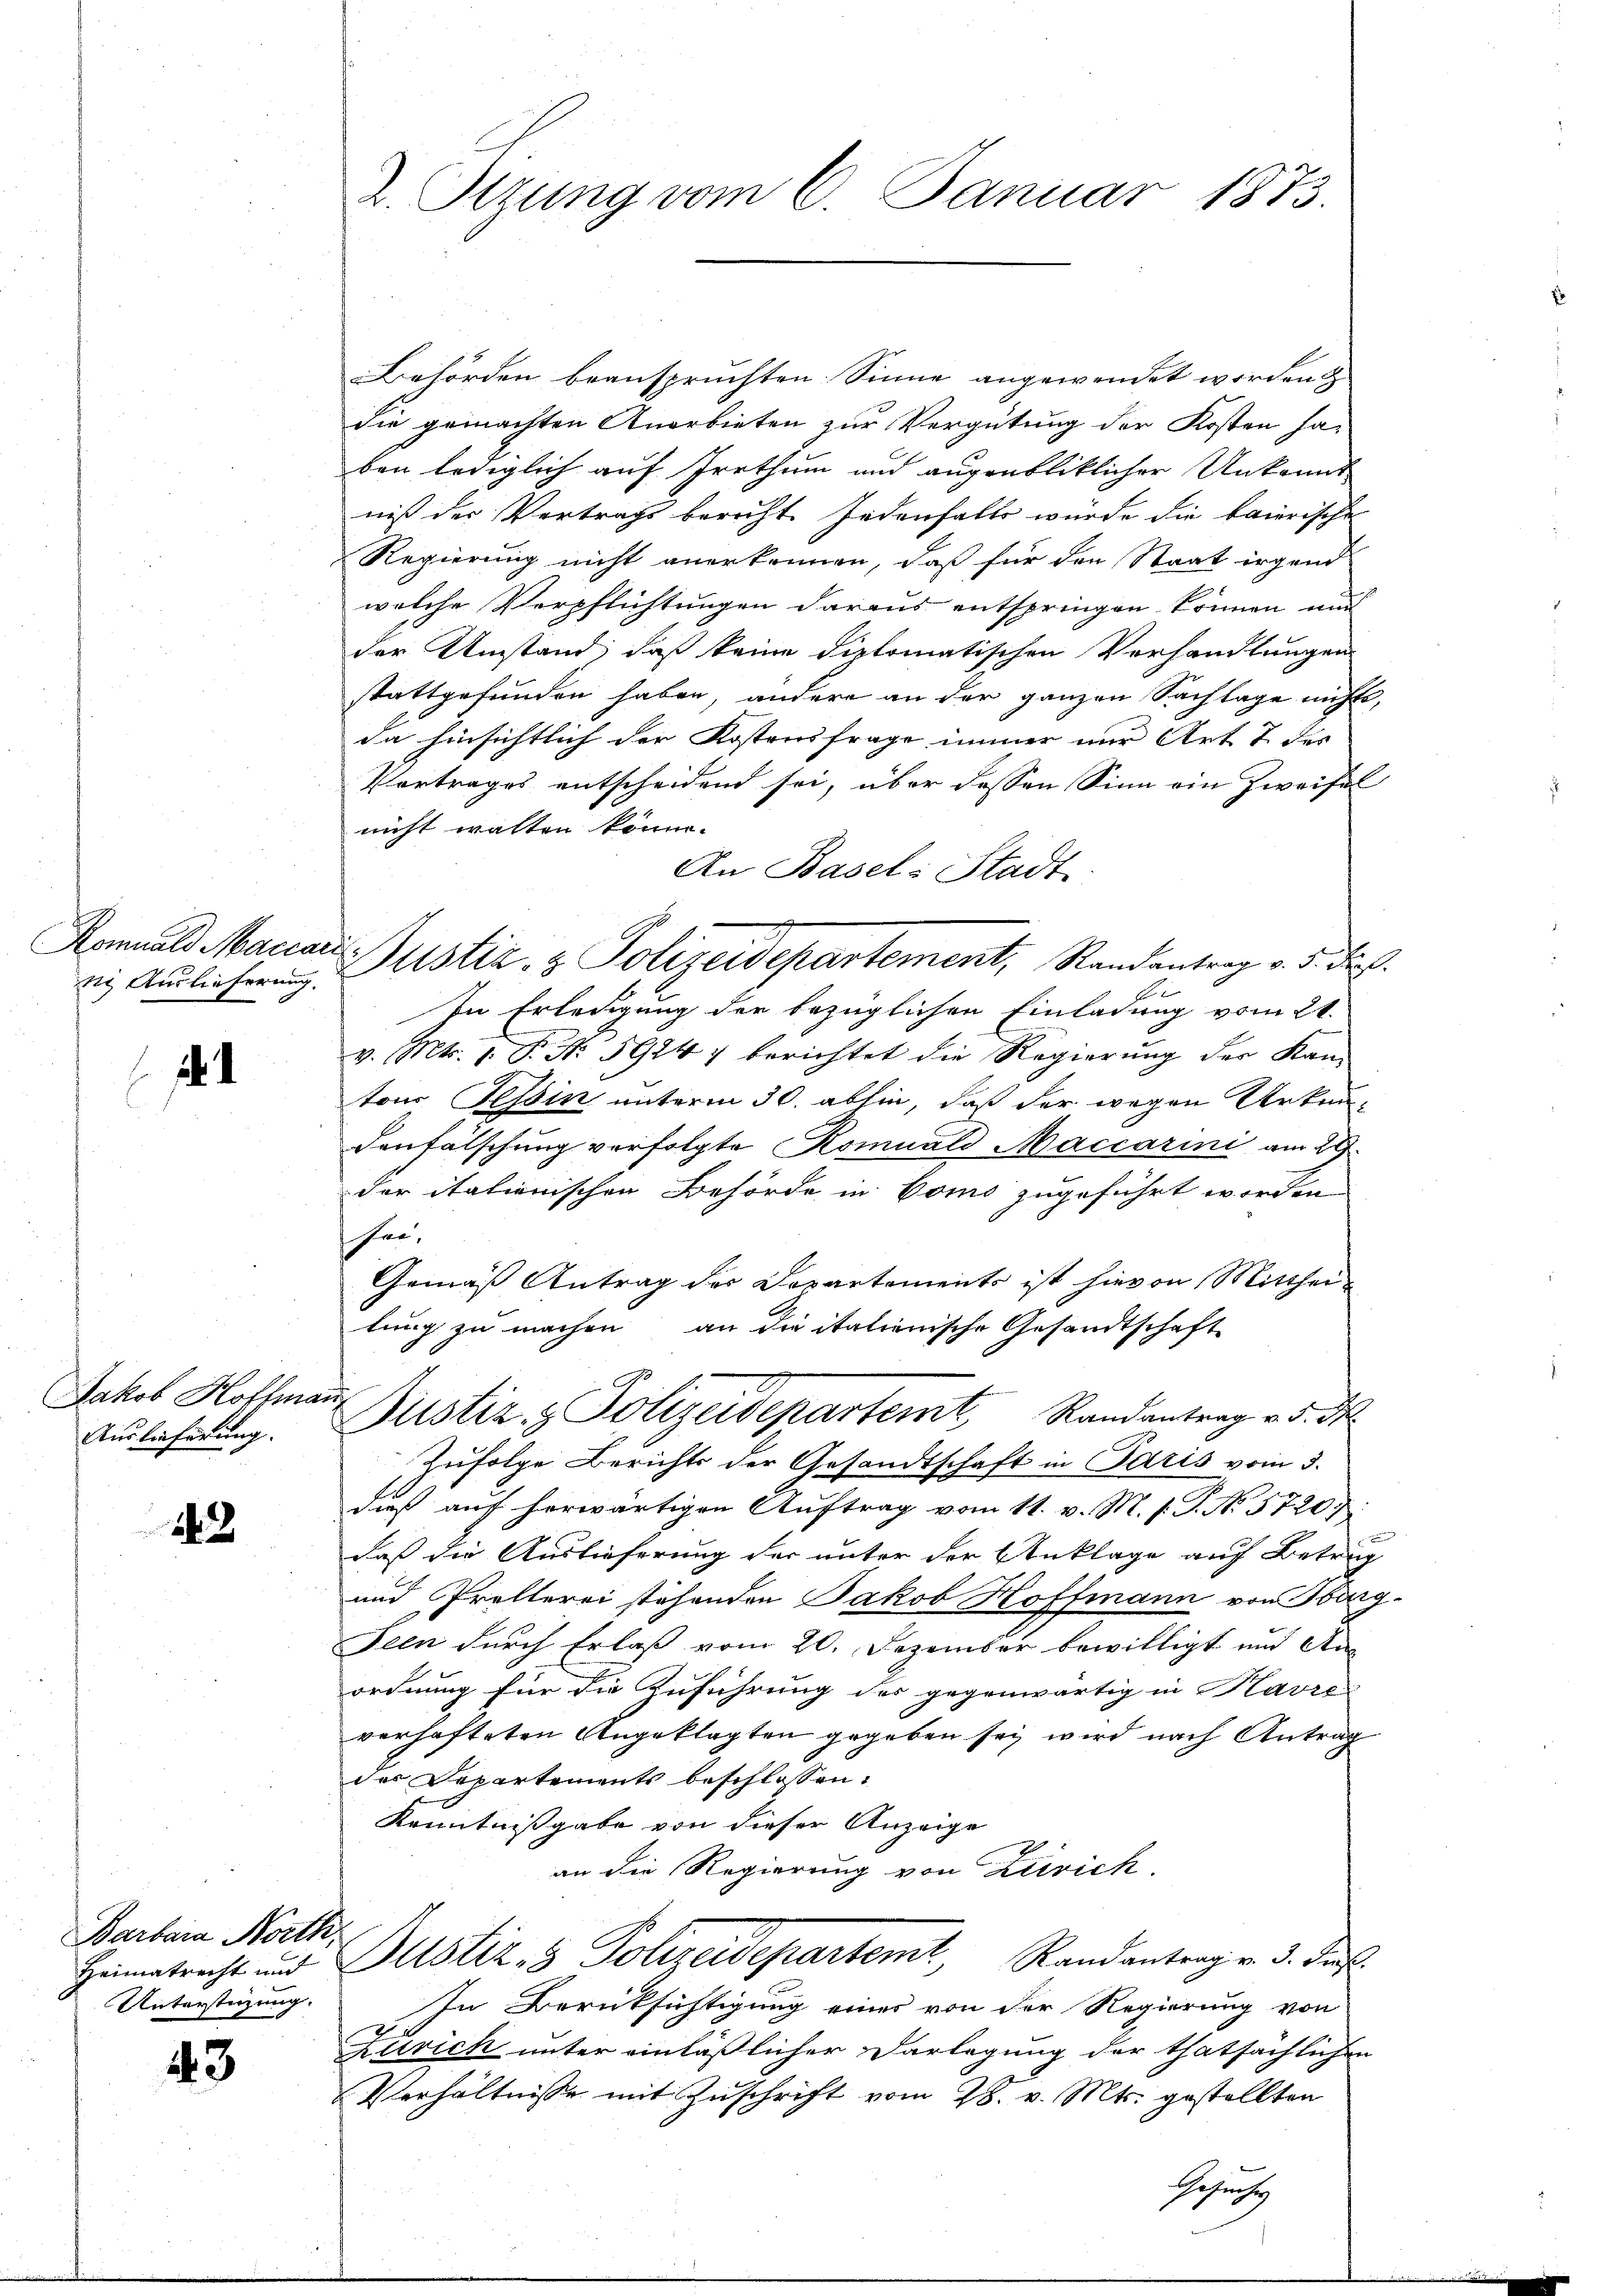
ne Auslieferung.

1

Jakob Hoffmann
Auslieferung.

243

Barbara North
Heimatrecht und
Unterstüzung.

43

L. Sizung vom 6. Januar 1873.

Behörden beanspruchten. Sinne angewendet worden
die gemachten Anerbieten zur Vergütung der Kosten ha-
ben lediglich auf Irrthum und augenbliklicher Unkonnt
niß der Vertrags bericht. Jedenfalls würde die baierische
Regierung nicht anerkennen, daß für den Staat irgend
welche Verpflichtungen daraus entspringen können nur
der Umstand, daß keine diplomatischen Vorhandlungen
stattgefunden haben, andere an der ganzen Sachlage nichts,
da hinsichtlich der Kostensfrage immer nur Art 7. Der
Vertrages entscheidend sei, über dessen Sinn ein Zweifel
nicht walten könne.
An Basel-Stadt
In Erledigung der bezüglichen Einladung vom 21.
v. Mts. 1. P. Nr. 59247 berichtet die Regierung der Kan-
tons Tessin unterm 30. abhin, daß der wegen Urkundenfälschung verfolgte Romuald Maccarini am 29.
der italienischen Behörde in Como zugeführt worden
see,
Gemäß Antrag des Departements ist hievon Mittheitung zu machen an die italienische Gesandtschaft
Justiz & Polizeidepartemt Randantrag v. 5. ds.
Zufolge Berichts der Gesandtschaft in Paris vom 3.
dieß auf herwärtigen Auftrag vom 11. v. M. h. T. No. 5720
daß die Auslieferung der unter der Anklage auf Betrug
und Prellerei stehenden Jakob Hoffmann von Oberg-
Seen durch Erlaß vom 20. Dezember bewilligt und Anordnung für die Zuführung des gegenwärtig in Havre
verhafteten Angeklagten gegeben sei wird nach Antrag
der Departements beschlossen:
Kenntnißgabe von dieser Anzeige
an die Regierung von Zürich,
Justiz- & Polizeidepartemt, Randantrag v. 3. des
In Berücksichtigung eines von der Regierung von
Zürich unter einläßlicher Darlegung der thatsächlichen
Verhältnisse mit Zuschrift vom 28. v. Mts. gestellten

Ramals Manaus Justiz- & Polizeidepartement, Randantrag v. 5. die

Gesuch